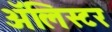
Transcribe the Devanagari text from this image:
अॅलिस्टर